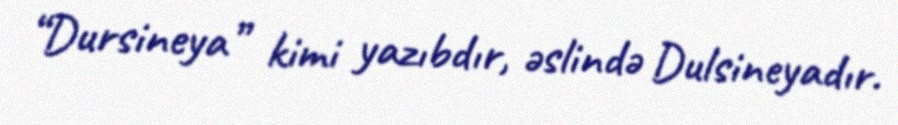
“Dursineya” kimi yazıbdır, əslində Dulsineyadır.